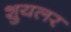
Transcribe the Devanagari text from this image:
शुयलर